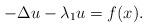
LaTeX: \begin{align*}-\Delta u -\lambda_1 u = f(x).\end{align*}